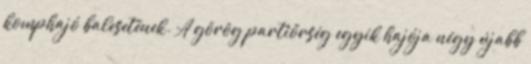
komphajó balesetének. A görög partiőrség egyik hajója négy újabb